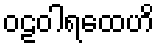
ဝဠဝါရထေဟိ